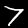
Digit: 7